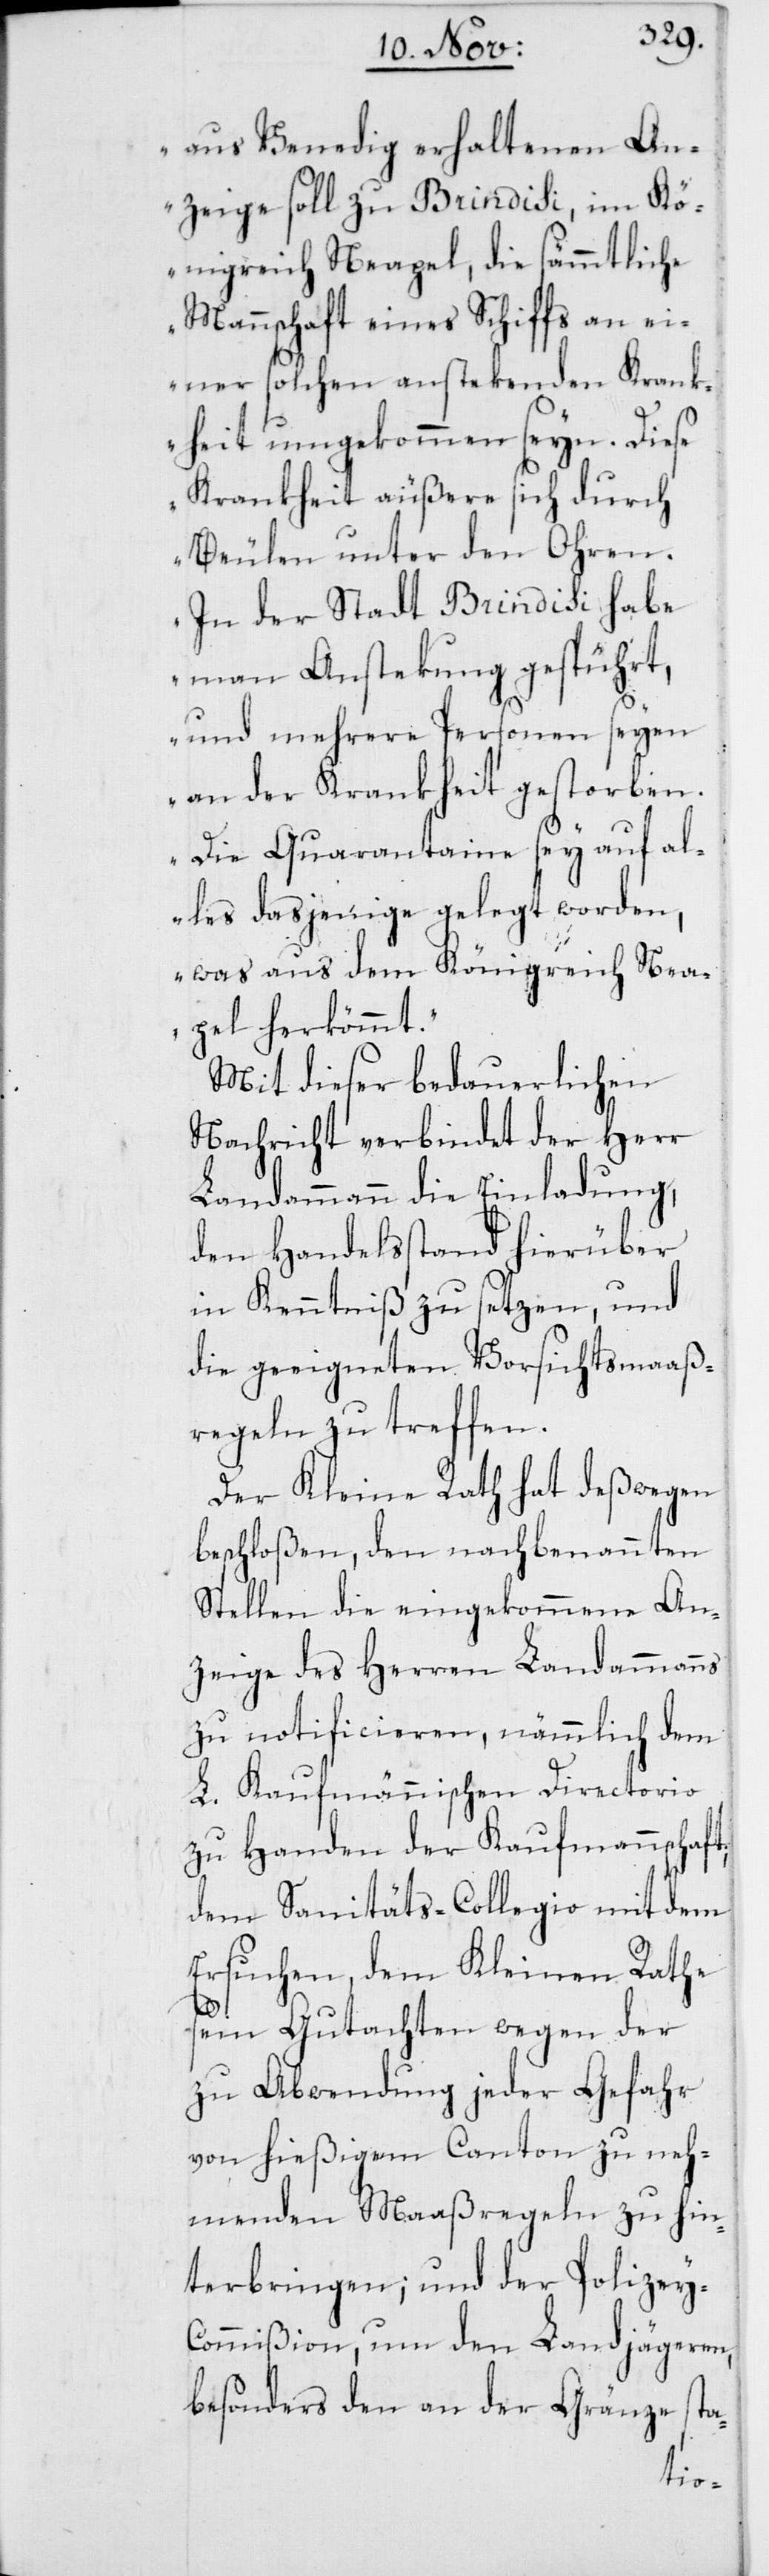
aus Venedig erhaltenen An¬
zeige soll zu Brindisi, im Kö¬
nigreich Neapel, die sämmtliche
Mannschaft eines Schiffs an ei¬
ner solchen anstekenden Krank¬
heit umgekommen seyn. Diese
Krankheit äußere sich durch
Beulen unter den Ohren.
In der Stadt Brindisi habe
man Anstekung gespührt,
und mehrere Personen seyen
an der Krankheit gestorben.
Die Quarantaine sey auf al¬
les dasjenige gelegt worden,
was aus dem Königreich Nea¬
pel herkömmt“.
Mit dieser bedauerlichen
Nachricht verbindet der Herr
Landammann die Einladung,
den Handelsstand hierüber
in Kenntniß zu setzen, und
die geeigneten Vorsichtsmaaß¬
regeln zu treffen.
Der Kleine Rath hat deßwegen
beschloßen, den nachbenannten
Stellen die eingekommene An¬
zeige des Herren Landammanns
zu notificieren, nämmlich dem
L. Kaufmännischen Directorio
zu Handen der Kaufmannschaft,
dem Sanitäts-Collegio mit dem
Ersuchen, dem Kleinen Rathe
sein Gutachten wegen der
zu Abwendung jeder Gefahr
von hießigem Canton zu neh¬
menden Maaßregeln zu hin¬
terbringen; und der Polizey-C¬
ommißion, um den Landjägeren,
besonders den an der Gränze sta-